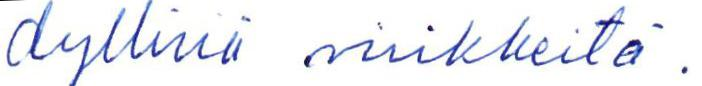
dyllisiä virikkeitä.